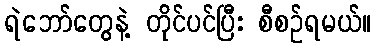
ရဲဘော်တွေနဲ့ တိုင်ပင်ပြီး စီစဉ်ရမယ်။